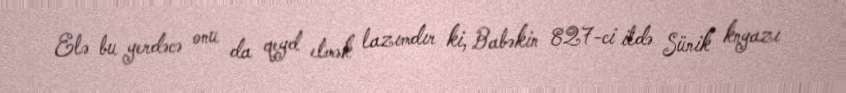
Elə bu yerdəcə onu da qeyd etmək lazımdır ki, Babəkin 827-ci ildə Sünik knyazı